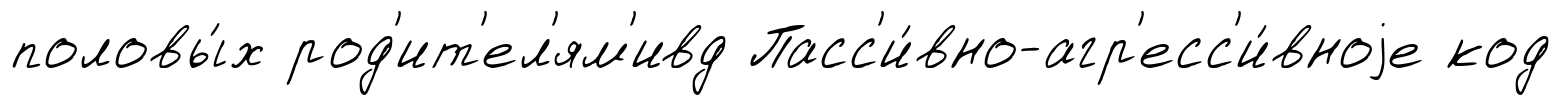
половы́х род'ит'ел'ям'ивд Пасс'и́вно-агр'есс'и́вноjе код